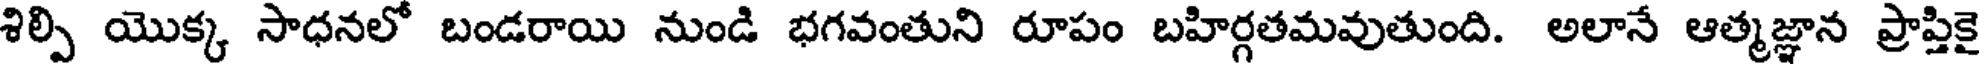
శిల్పి యొక్క సాధనలో బండరాయి నుండి భగవంతుని రూపం బహిర్గతమవుతుంది. అలానే ఆత్మజ్ఞాన ప్రాప్తికై